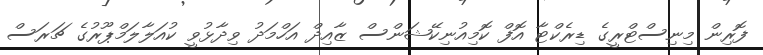
ފޮރިން މިނިސްޓްރީގެ ޑިރެކްޓާ އޮފް ކޮމިއުނިކޭޝަންސް ޒާއިދް އަހްމަދު ވިދާޅުވީ ކުއަލާލަމްޕޫރުގެ ޗަރަސް